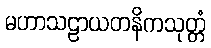
မဟာသဠာယတနိကသုတ္တံ